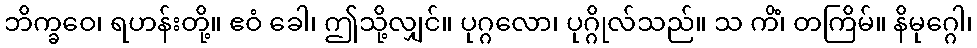
ဘိက္ခဝေ၊ ရဟန်းတို့။ ဧဝံ ခေါ၊ ဤသို့လျှင်။ ပုဂ္ဂလော၊ ပုဂ္ဂိုလ်သည်။ သ ကိံ၊ တကြိမ်။ နိမုဂ္ဂေါ၊